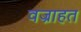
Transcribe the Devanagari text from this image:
वज्राहत